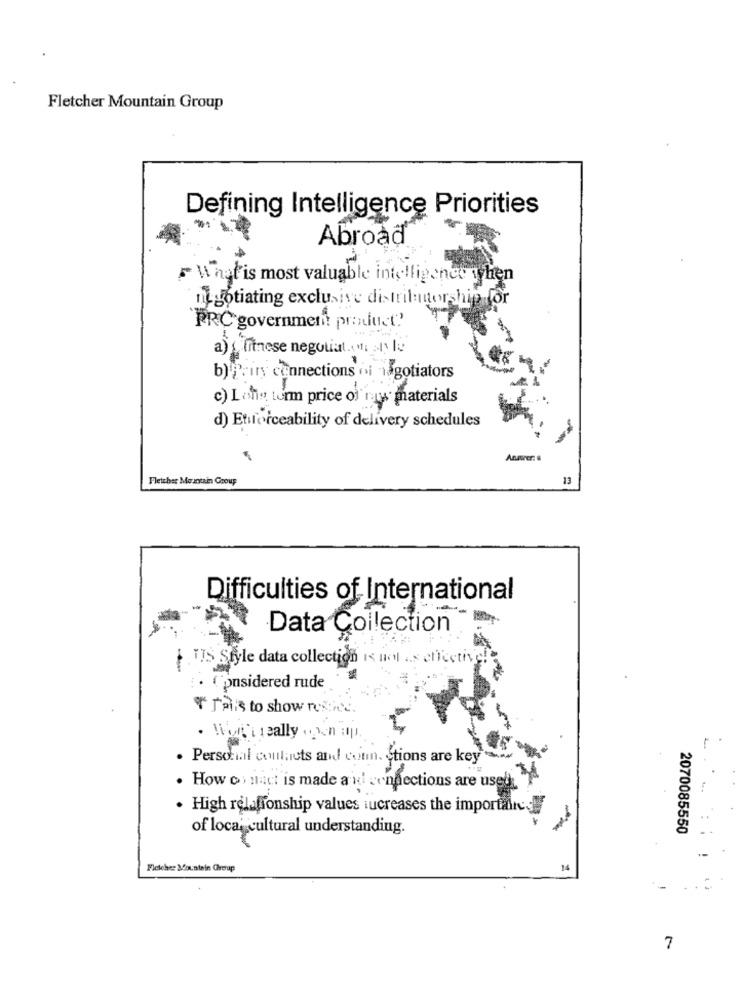
Fletcher Mountain Group
Defining Intelligence Priorities
Abroad
Whatis most valuable intelligence y hen
negotiating exclusive distributorship for
PRC government product?'
a) fitnese negotial 1 0 0
b) Prins connections oi isgotiators
c) Lohn turm price of raw materials
d) Etforceability of delivery schedules
Fletcher Mountain Group
13
Difficulties of International
Data Collection
TIS Style data collection is not a.s effective!
Considered rude
T Fails to show res:"
· Worth really en ap.
. Personal contacts and comm. stions are key-
. How os mact is made a ul connections are used
· High relationship values iucreases the importaire: d
of local cultural understanding.
2070085550
Fletcher Mountain Group
14
7